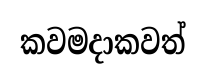
කවමදාකවත්